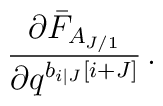
\frac{\partial \bar{F}_{A_{J/1}}}{\partial q^{b_{i|J}\left[ i+J\right] }}\,.